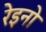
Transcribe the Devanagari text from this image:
रेइनो